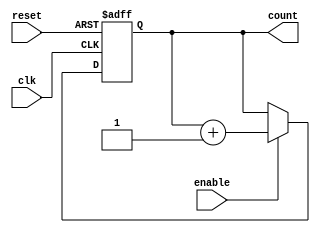
module chained_counter (
    input wire clk,           // Clock input
    input wire reset,         // Asynchronous reset
    input wire enable,        // Enable signal
    output reg [N-1:0] count  // N-bit counter output
);

    parameter N = 4; // Set the bit width of the counter (default 4 bits)

    always @(posedge clk or posedge reset) begin
        if (reset) begin
            count <= {N{1'b0}};  // Reset counter to 0
        end else if (enable) begin
            count <= count + 1;  // Increment counter
        end
    end

endmodule